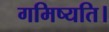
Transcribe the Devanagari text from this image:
गमिष्यति।